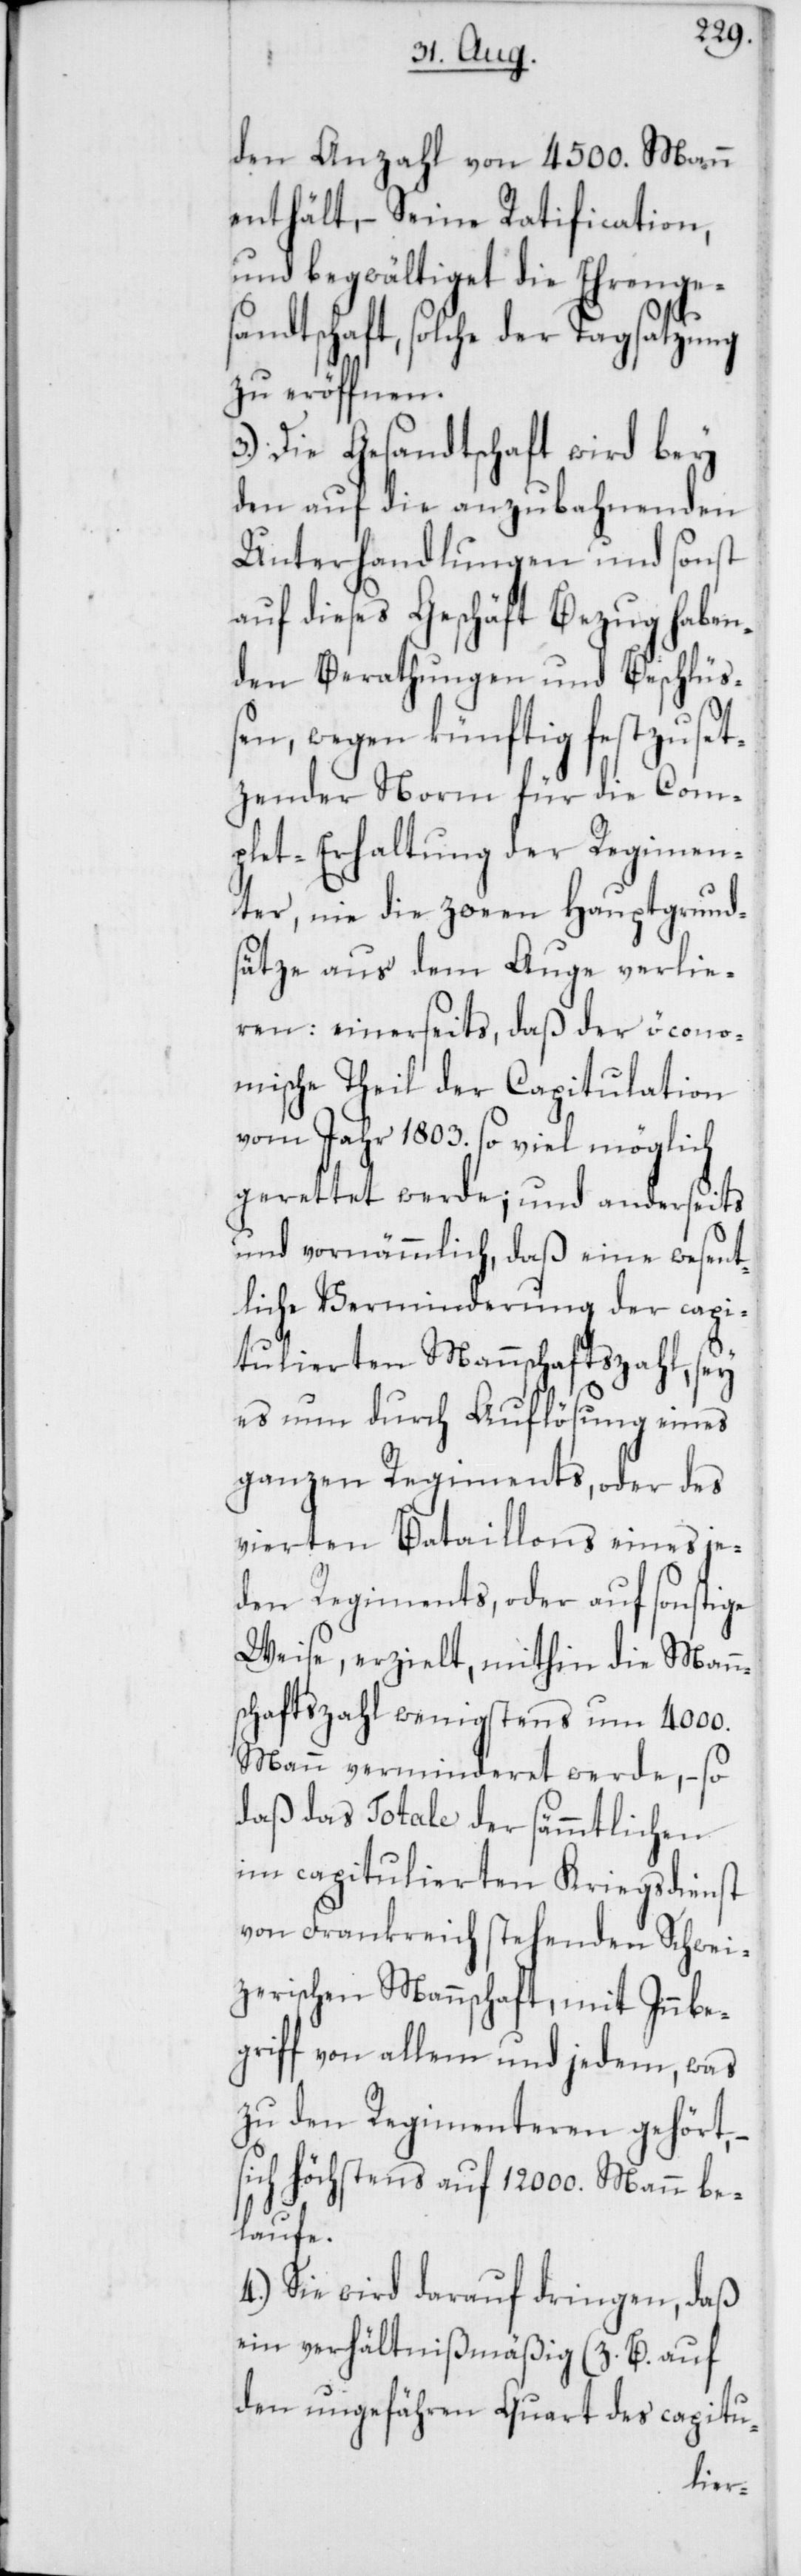
den Anzahl von 4500. Mann
enthält, – Seine Ratification,
und begwältiget die Ehrenges¬
andtschaft, solche der Tagsatzung
zu eröffnen.
3.) Die Gesandtschaft wird bey
den auf die anzubahnenden
Unterhandlungen und sonst
auf dieses Geschäft Bezug haben¬
den Berathungen und Beschlü¬
ßen, wegen künftig festzuset¬
zender Norm für die Com¬
plet-Erhaltung der Regimen¬
ter, nie die zween Hauptgrunds¬
ätze aus dem Auge verlie¬
ren: einerseits, daß der öcono¬
mische Theil der Capitulation
vom Jahr 1803. so viel möglich
gerettet werde; und anderseits
und vornämmlich, daß eine wesent¬
liche Verminderung der capi¬
tulierten Mannschaftszahl, sey
es nun durch Auflösung eines
ganzen Regiments, oder des
vierten Bataillons eines je¬
den Regiments, oder auf sonstige
Weise, erzielt, mithin die Mann¬
schaftszahl wenigstens um 4000.
Mann verminderet werde, – so
daß das Totale der sämmtlichen
im capitulierten Kriegsdienst
von Frankreich stehenden Schwei¬
zerischen Mannschaft, mit Inbe¬
griff von allem und jedem, was
zu den Regimenteren gehört,
sich höchstens auf 12'000. Mann be¬
laufe.
4.) Sie wird darauf dringen, daß
ein verhältnismäßig (z. B. auf
den ungefähren Quart des capitu-